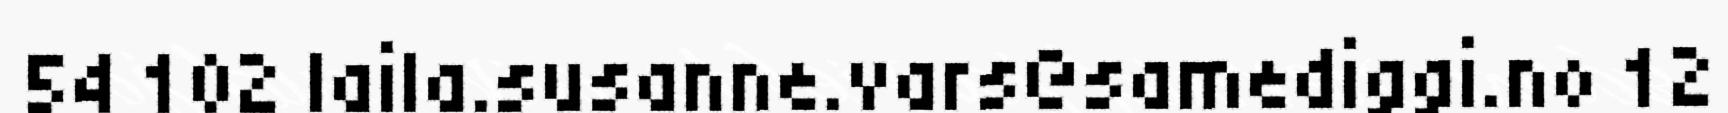
54 102 laila.susanne.vars@samediggi.no 12